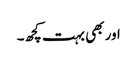
اور بھی بہت کچھ۔